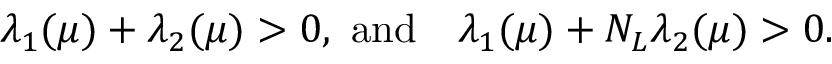
\begin{array} { c c } { { \lambda _ { 1 } ( \mu ) + \lambda _ { 2 } ( \mu ) > 0 , ~ \mathrm { a n d } } } & { { \lambda _ { 1 } ( \mu ) + N _ { L } \lambda _ { 2 } ( \mu ) > 0 . } } \end{array}